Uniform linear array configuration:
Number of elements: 48
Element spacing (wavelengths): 0.25
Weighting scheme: hann
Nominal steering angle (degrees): -30
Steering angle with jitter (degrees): -29.959
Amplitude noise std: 0.05
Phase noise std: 0.05

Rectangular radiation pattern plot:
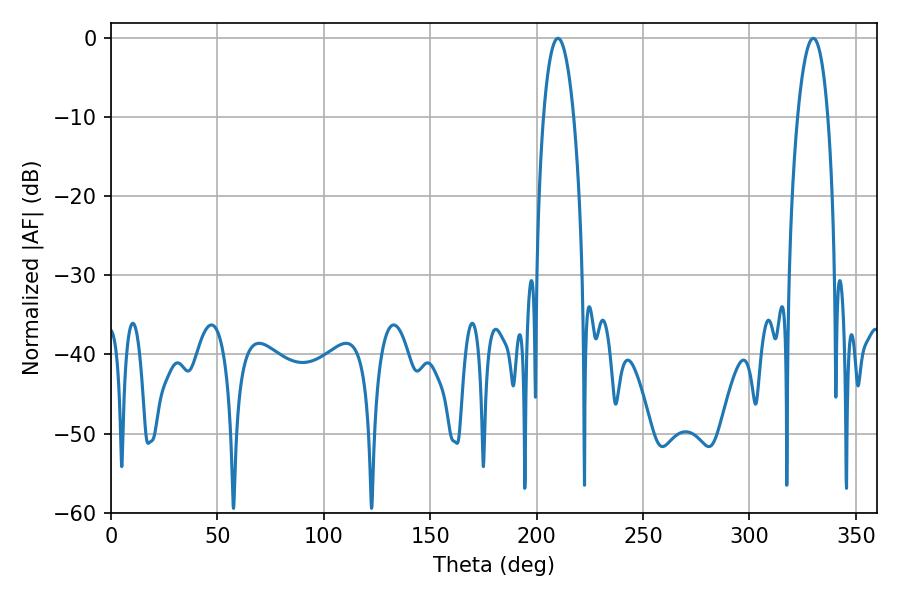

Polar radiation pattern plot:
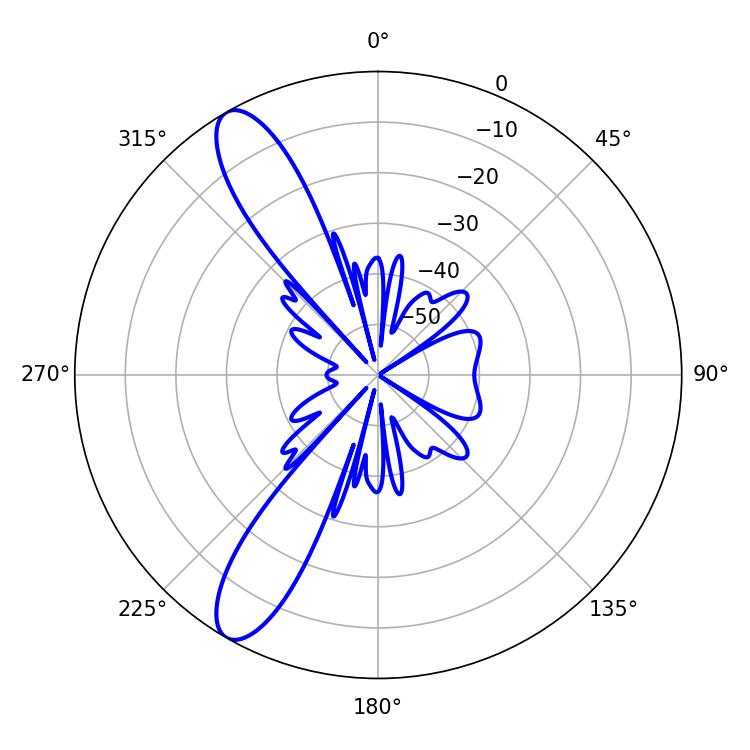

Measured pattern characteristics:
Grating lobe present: FALSE
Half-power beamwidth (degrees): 7.92
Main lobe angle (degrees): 210.06